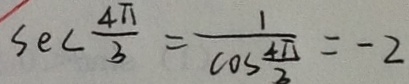
S e C \frac { 4 \pi } { 3 } = \frac { 1 } { \cos \frac { 4 \pi } { 3 } } = - 2